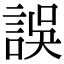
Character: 誤